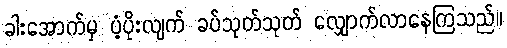
ခါးအောက်မှ ပံ့ပိုးလျက် ခပ်သုတ်သုတ် လျှောက်လာနေကြသည်။